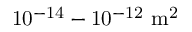
\mathrm { 1 0 ^ { - 1 4 } - 1 0 ^ { - 1 2 } \ m ^ { 2 } }